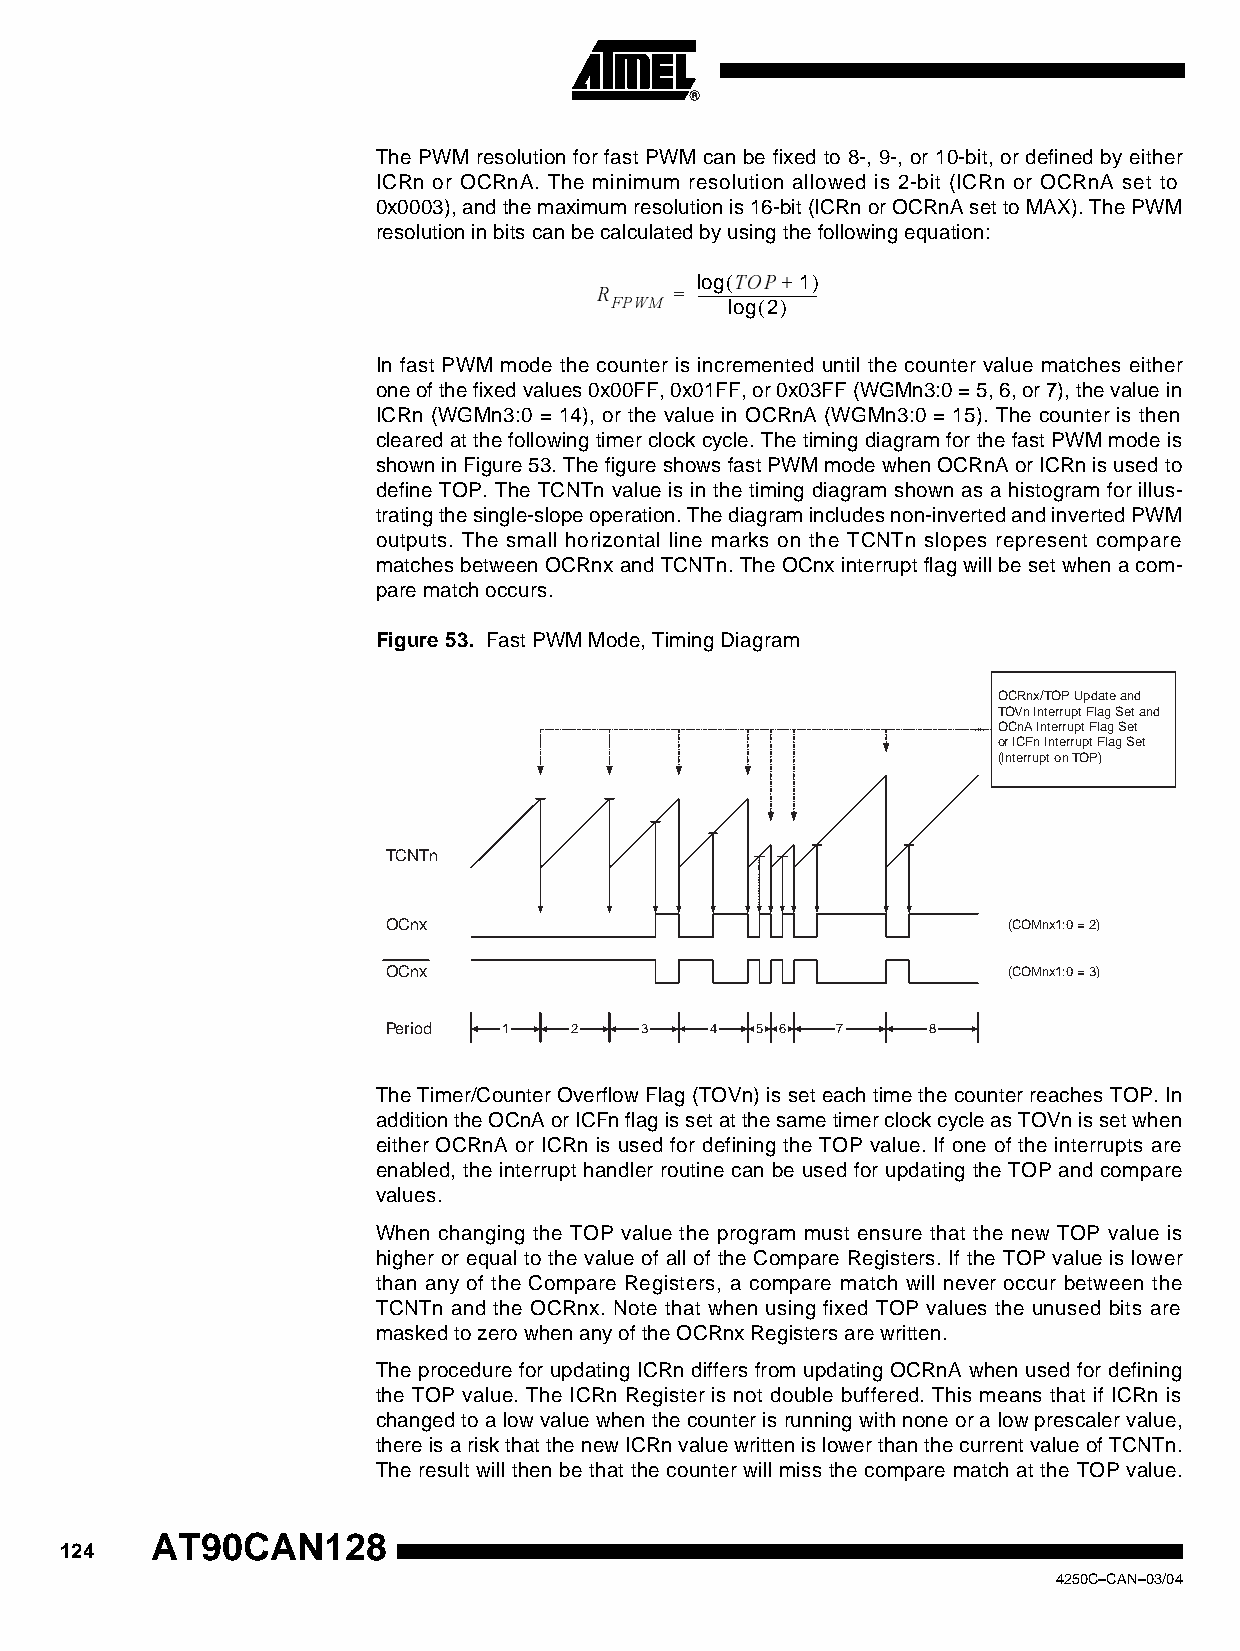
The PWM resolution for fast PWM can be fixed to 8-, 9-, or 10-bit, or defined by either
 ICRn or OCRnA. The minimum resolution allowed is 2-bit (ICRn or OCRnA set to
 0x0003), and the maximum resolution is 16-bit (ICRn or OCRnA set to MAX). The PWM
 resolution in bits can be calculated by using the following equation:
 TOP+
 R    = -l-o---g----(---------------------1----)-
 FPWM
 log(2)
 In fast PWM mode the counter is incremented until the counter value matches either
 one of the fixed values 0x00FF, 0x01FF, or 0x03FF (WGMn3:0 = 5, 6, or 7), the value in
 ICRn (WGMn3:0 = 14), or the value in OCRnA (WGMn3:0 = 15). The counter is then
 cleared at the following timer clock cycle. The timing diagram for the fast PWM mode is
 shown in Figure 53. The figure shows fast PWM mode when OCRnA or ICRn is used to
 define TOP. The TCNTn value is in the timing diagram shown as a histogram for illus-
 trating the single-slope operation. The diagram includes non-inverted and inverted PWM
 outputs. The small horizontal line marks on the TCNTn slopes represent compare
 matches between OCRnx and TCNTn. The OCnx interrupt flag will be set when a com-
 pare match occurs.
 Figure 53. Fast PWM Mode, Timing Diagram
 OCRnx/TOP Update and
 TOVn Interrupt Flag Set and
 OCnA Interrupt Flag Set
 or ICFn Interrupt Flag Set
 (Interrupt on TOP)
 TCNTn
 OCnx                                     (COMnx1:0 = 2)
 OCnx                                     (COMnx1:0 = 3)
 Period 1    2   3    4  5 6  7     8
 The Timer/Counter Overflow Flag (TOVn) is set each time the counter reaches TOP. In
 addition the OCnA or ICFn flag is set at the same timer clock cycle as TOVn is set when
 either OCRnA or ICRn is used for defining the TOP value. If one of the interrupts are
 enabled, the interrupt handler routine can be used for updating the TOP and compare
 values.
 When changing the TOP value the program must ensure that the new TOP value is
 higher or equal to the value of all of the Compare Registers. If the TOP value is lower
 than any of the Compare Registers, a compare match will never occur between the
 TCNTn and the OCRnx. Note that when using fixed TOP values the unused bits are
 masked to zero when any of the OCRnx Registers are written.
 The procedure for updating ICRn differs from updating OCRnA when used for defining
 the TOP value. The ICRn Register is not double buffered. This means that if ICRn is
 changed to a low value when the counter is running with none or a low prescaler value,
 there is a risk that the new ICRn value written is lower than the current value of TCNTn.
 The result will then be that the counter will miss the compare match at the TOP value.
 AT90CAN128
 124
 4250C–CAN–03/04